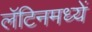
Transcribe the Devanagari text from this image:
लॅटिनमध्यें